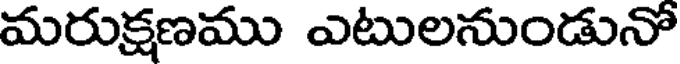
మరుక్షణము ఎటులనుండునో